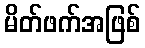
မိတ်ဖက်အဖြစ်